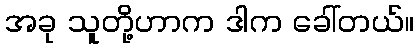
အခု သူတို့ဟာက ဒါက ခေါ်တယ်။